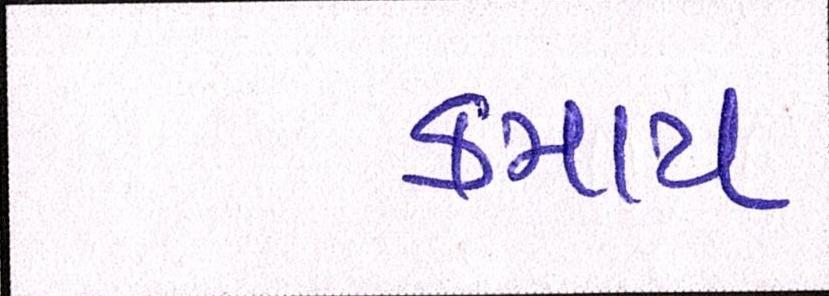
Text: કમાય